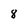
Character: 8